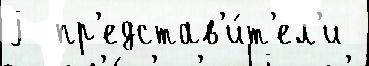
j  пр'едстав'и́т'ел'и